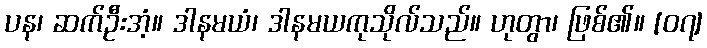
ပန၊ ဆက်ဦးအံ့။ ဒါနမယံ၊ ဒါနမယကုသိုလ်သည်။ ဟုတွာ၊ ဖြစ်၏။ [၀၇]